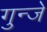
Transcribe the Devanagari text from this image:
गुन्जे